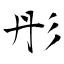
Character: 彤